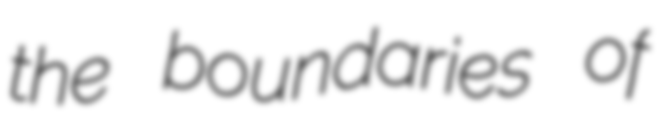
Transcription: the boundaries of